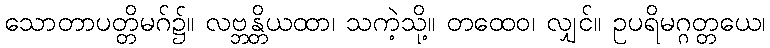
သောတာပတ္တိမဂ်၌။ လဗ္ဘန္တိယထာ၊ သကဲ့သို့။ တထေဝ၊ လျှင်။ ဥပရိမဂ္ဂတ္တယေ၊